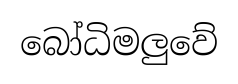
බෝධිමලුවේ